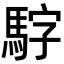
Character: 𮪃